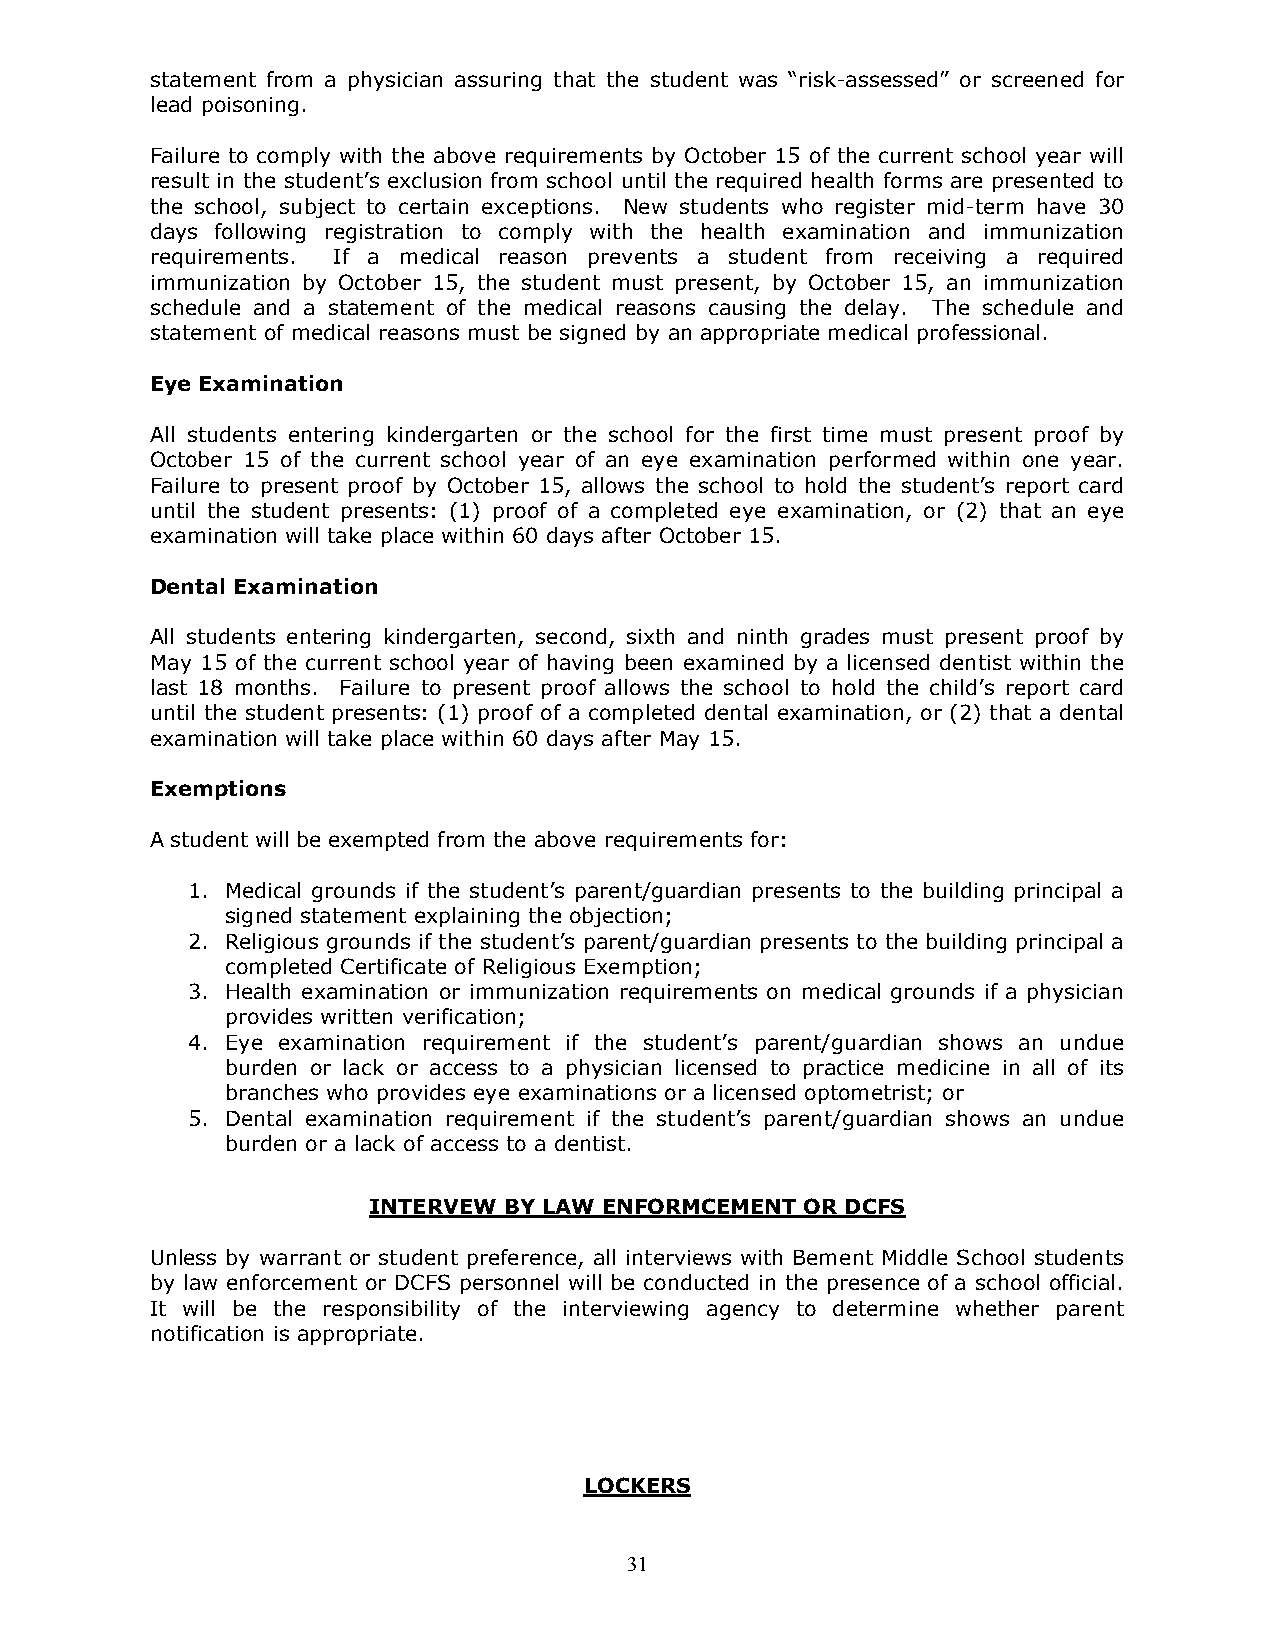
statement from a physician assuring that the student was “risk-assessed” or screened for
 lead poisoning.
 Failure to comply with the above requirements by October 15 of the current school year will
 result in the student’s exclusion from school until the required health forms are presented to
 the school, subject to certain exceptions. New students who register mid-term have 30
 days following registration to comply with the health examination and immunization
 requirements. If a medical reason prevents a student from receiving a required
 immunization by October 15, the student must present, by October 15, an immunization
 schedule and a statement of the medical reasons causing the delay. The schedule and
 statement of medical reasons must be signed by an appropriate medical professional.
 Eye Examination
 All students entering kindergarten or the school for the first time must present proof by
 October 15 of the current school year of an eye examination performed within one year.
 Failure to present proof by October 15, allows the school to hold the student’s report card
 until the student presents: (1) proof of a completed eye examination, or (2) that an eye
 examination will take place within 60 days after October 15.
 Dental Examination
 All students entering kindergarten, second, sixth and ninth grades must present proof by
 May 15 of the current school year of having been examined by a licensed dentist within the
 last 18 months. Failure to present proof allows the school to hold the child’s report card
 until the student presents: (1) proof of a completed dental examination, or (2) that a dental
 examination will take place within 60 days after May 15.
 Exemptions
 A student will be exempted from the above requirements for:
 1. Medical grounds if the student’s parent/guardian presents to the building principal a
 signed statement explaining the objection;
 2. Religious grounds if the student’s parent/guardian presents to the building principal a
 completed Certificate of Religious Exemption;
 3. Health examination or immunization requirements on medical grounds if a physician
 provides written verification;
 4. Eye examination requirement if the student’s parent/guardian shows an undue
 burden or lack or access to a physician licensed to practice medicine in all of its
 branches who provides eye examinations or a licensed optometrist; or
 5. Dental examination requirement if the student’s parent/guardian shows an undue
 burden or a lack of access to a dentist.
 INTERVEW BY LAW ENFORMCEMENT OR DCFS
 Unless by warrant or student preference, all interviews with Bement Middle School students
 by law enforcement or DCFS personnel will be conducted in the presence of a school official.
 It will be the responsibility of the interviewing agency to determine whether parent
 notification is appropriate.
 LOCKERS
 31